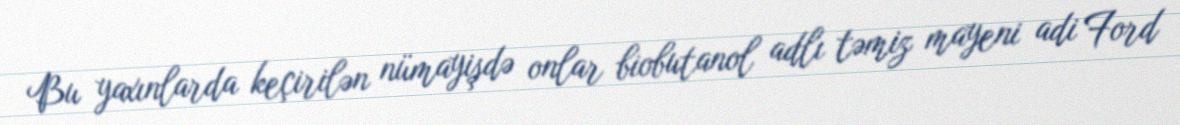
Bu yaxınlarda keçirilən nümayişdə onlar biobutanol adlı təmiz mayeni adi Ford